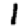
Digit: 1